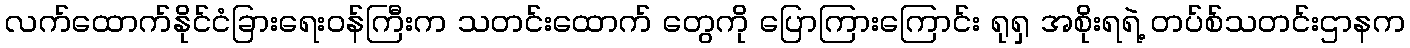
လက်ထောက်နိုင်ငံခြားရေးဝန်ကြီးက သတင်းထောက် တွေကို ပြောကြားကြောင်း ရုရှ အစိုးရရဲ့ တပ်စ်သတင်းဌာနက